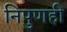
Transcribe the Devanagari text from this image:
निपुणही